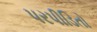
પરપીડિતો